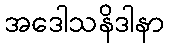
အဒေါသနိဒါနာ